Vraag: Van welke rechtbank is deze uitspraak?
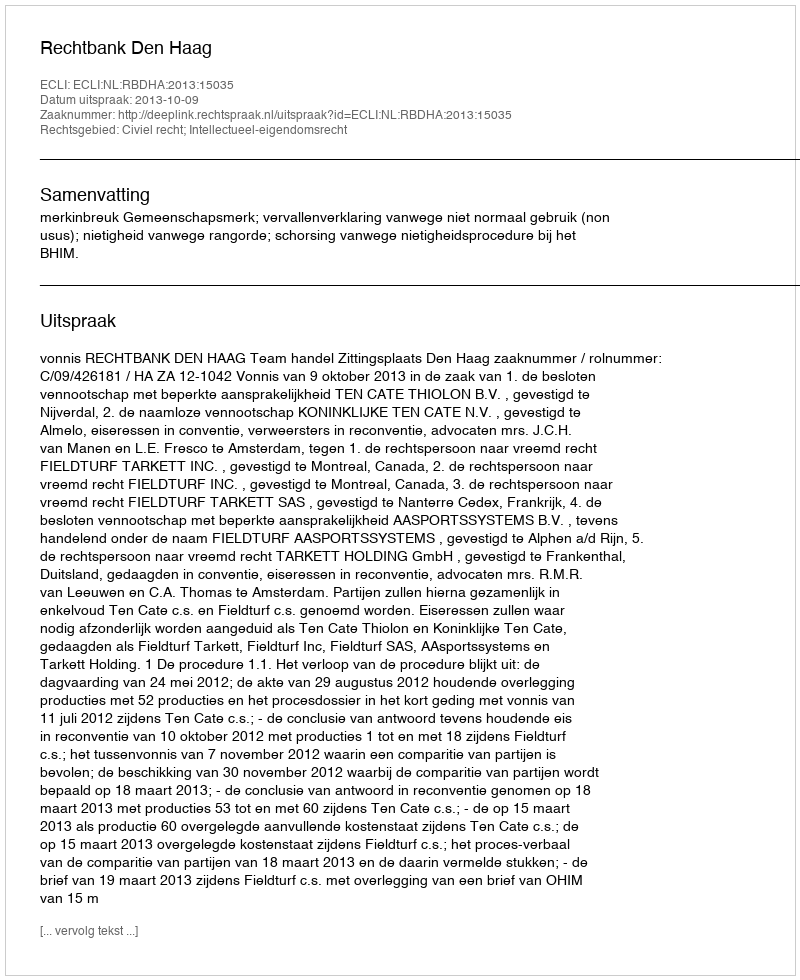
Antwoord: Rechtbank Den Haag